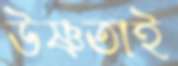
উষ্ণতাই